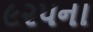
૯૨૫ના